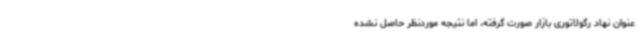
عنوان نهاد رگولاتوری بازار صورت گرفته، اما نتیجه موردنظر حاصل نشده